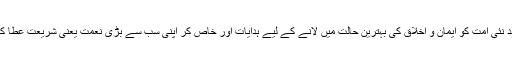
جس کے بعد نئی امت کو ایمان و اخلاق کی بہترین حالت میں لانے کے لیے ہدایات اور خاص کر اپنی سب سے بڑی نعمت یعنی شریعت عطا کی گئی ہے ۔